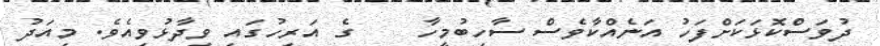
ދުވަސްކޮޅަކަށްފަހު އަނެއްކާވެސް ސާހިބުމީހާ    ގެ އަރިހުގައި ވިދާޅުވިއެވެ. މިއަދު